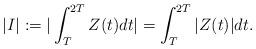
LaTeX: \begin{align*}\vert I \vert := \vert \int_{T}^{2T} Z(t)dt \vert = \int_{T}^{2T}\vert Z(t) \vert dt .\end{align*}